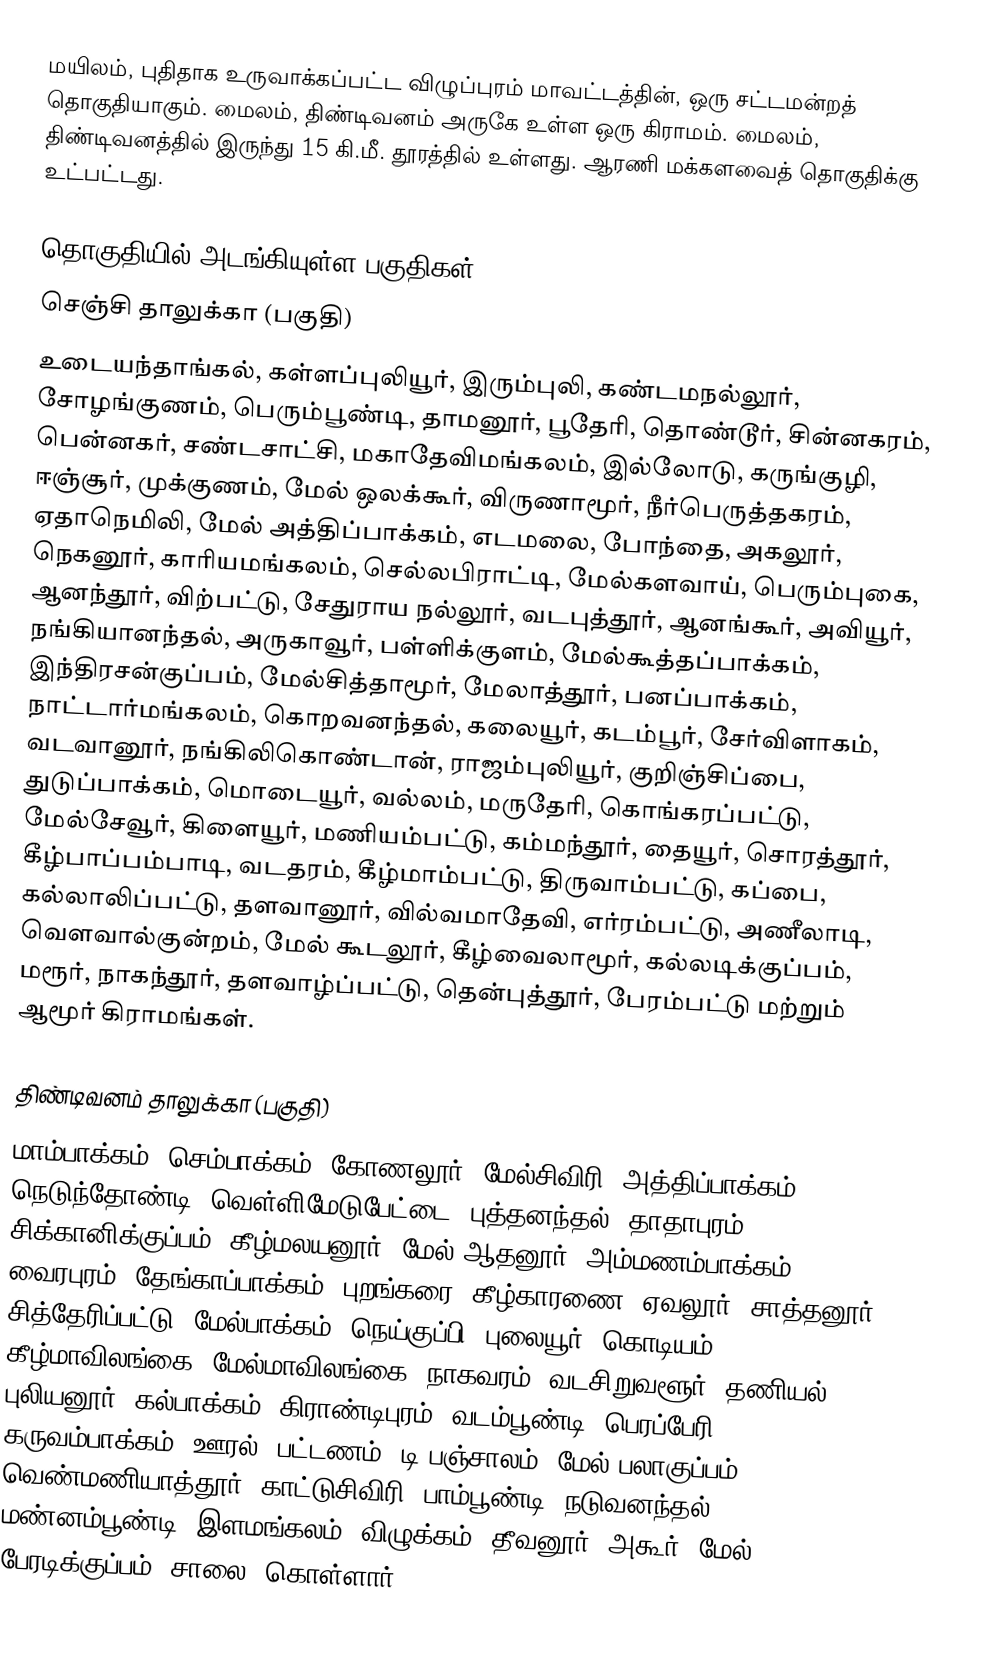
மயிலம், புதிதாக உருவாக்கப்பட்ட விழுப்புரம் மாவட்டத்தின், ஒரு சட்டமன்றத் தொகுதியாகும். மைலம், திண்டிவனம் அருகே உள்ள ஒரு கிராமம். மைலம், திண்டிவனத்தில் இருந்து 15 கி.மீ. தூரத்தில் உள்ளது. ஆரணி மக்களவைத் தொகுதிக்கு  உட்பட்டது.

தொகுதியில் அடங்கியுள்ள பகுதிகள்
செஞ்சி தாலுக்கா (பகுதி)
உடையந்தாங்கல், கள்ளப்புலியூர், இரும்புலி, கண்டமநல்லூர், சோழங்குணம், பெரும்பூண்டி, தாமனூர், பூதேரி, தொண்டூர், சின்னகரம், பென்னகர், சண்டசாட்சி, மகாதேவிமங்கலம், இல்லோடு, கருங்குழி, ஈஞ்சூர், முக்குணம், மேல் ஒலக்கூர், விருணாமூர், நீர்பெருத்தகரம், ஏதாநெமிலி, மேல் அத்திப்பாக்கம், எடமலை, போந்தை, அகலூர், நெகனூர், காரியமங்கலம், செல்லபிராட்டி, மேல்களவாய், பெரும்புகை, ஆனந்தூர், விற்பட்டு, சேதுராய நல்லூர், வடபுத்தூர், ஆனங்கூர், அவியூர், நங்கியானந்தல், அருகாவூர், பள்ளிக்குளம், மேல்கூத்தப்பாக்கம், இந்திரசன்குப்பம், மேல்சித்தாமூர், மேலாத்தூர், பனப்பாக்கம், நாட்டார்மங்கலம், கொறவனந்தல், கலையூர், கடம்பூர், சேர்விளாகம், வடவானூர், நங்கிலிகொண்டான், ராஜம்புலியூர், குறிஞ்சிப்பை, துடுப்பாக்கம், மொடையூர், வல்லம், மருதேரி, கொங்கரப்பட்டு, மேல்சேவூர், கிளையூர், மணியம்பட்டு, கம்மந்தூர், தையூர், சொரத்தூர், கீழ்பாப்பம்பாடி, வடதரம், கீழ்மாம்பட்டு, திருவாம்பட்டு, கப்பை, கல்லாலிப்பட்டு, தளவானூர், வில்வமாதேவி, எர்ரம்பட்டு, அணீலாடி, வெளவால்குன்றம், மேல் கூடலூர், கீழ்வைலாமூர், கல்லடிக்குப்பம், மரூர், நாகந்தூர், தளவாழ்ப்பட்டு, தென்புத்தூர், பேரம்பட்டு மற்றும் ஆமூர் கிராமங்கள்.

திண்டிவனம் தாலுக்கா (பகுதி)
மாம்பாக்கம், செம்பாக்கம், கோணலூர், மேல்சிவிரி, அத்திப்பாக்கம், நெடுந்தோண்டி, வெள்ளிமேடுபேட்டை, புத்தனந்தல், தாதாபுரம், சிக்கானிக்குப்பம், கீழ்மலயனூர், மேல் ஆதனூர், அம்மணம்பாக்கம், வைரபுரம், தேங்காப்பாக்கம், புறங்கரை, கீழ்காரணை, ஏவலூர், சாத்தனூர், சித்தேரிப்பட்டு, மேல்பாக்கம், நெய்குப்பி, புலையூர், கொடியம், கீழ்மாவிலங்கை, மேல்மாவிலங்கை, நாகவரம், வடசிறுவளூர், தணியல், புலியனூர், கல்பாக்கம், கிராண்டிபுரம், வடம்பூண்டி, பெரப்பேரி, கருவம்பாக்கம், ஊரல், பட்டணம், டி.பஞ்சாலம், மேல் பலாகுப்பம், வெண்மணியாத்தூர், காட்டுசிவிரி, பாம்பூண்டி, நடுவனந்தல், மண்னம்பூண்டி, இளமங்கலம், விழுக்கம், தீவனூர், அகூர், மேல் பேரடிக்குப்பம், சாலை, கொள்ளார்,